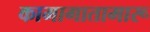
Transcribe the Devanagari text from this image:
कामागातामारू